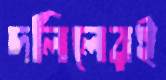
দলিলেরই